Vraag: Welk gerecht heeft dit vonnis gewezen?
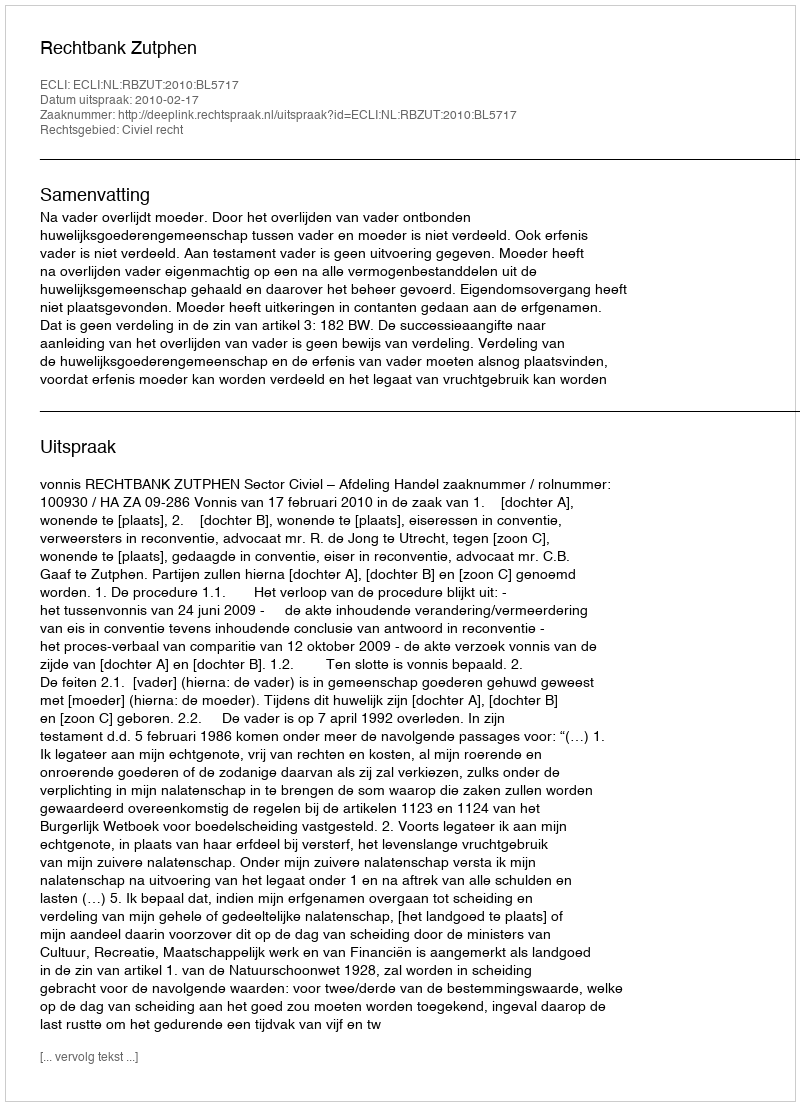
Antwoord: Rechtbank Zutphen